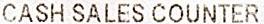
CASH SALES COUNTER